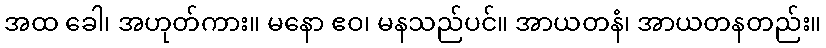
အထ ခေါ၊ အဟုတ်ကား။ မနော ဧဝ၊ မနသည်ပင်။ အာယတနံ၊ အာယတနတည်း။